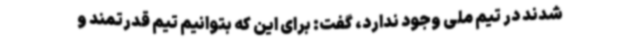
شدند در تیم ملی وجود ندارد، گفت: برای این که بتوانیم تیم قدرتمند و